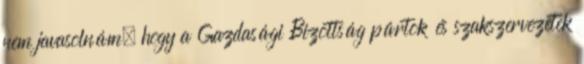
nem javasolnám, hogy a Gazdasági Bizottság pártok és szakszervezetek